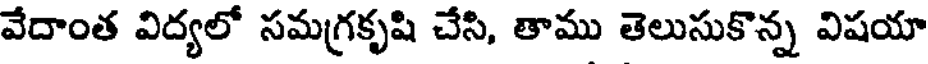
వేదాంత విద్యలో సమగ్రకృషి చేసి, తాము తెలుసుకొన్న విషయా